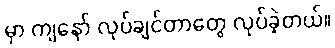
မှာ ကျနော် လုပ်ချင်တာတွေ လုပ်ခဲ့တယ်။